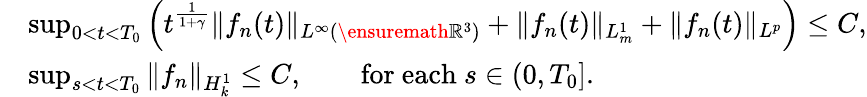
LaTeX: \begin{array}{rl}&{\operatorname*{sup}_{0<t<T_{0}}\left(t^{\frac{1}{1+\gamma}}\| f_{n}(t)\| _{L^{\infty}(\ensuremath{{\mathbb R}}^{3})}+\| f_{n}(t)\| _{L_{m}^{1}}+\| f_{n}(t)\| _{L^{p}}\right)\le C,}\\ &{\operatorname*{sup}_{s<t<T_{0}}\| f_{n}\| _{H_{k}^{1}}\le C,\qquad\mathrm{for~each~}s\in(0,T_{0}].}\end{array}